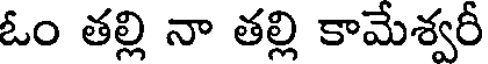
ఓం తల్లి నా తల్లి కామేశ్వరీ